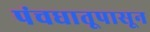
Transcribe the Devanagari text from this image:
पंचधातूपासून